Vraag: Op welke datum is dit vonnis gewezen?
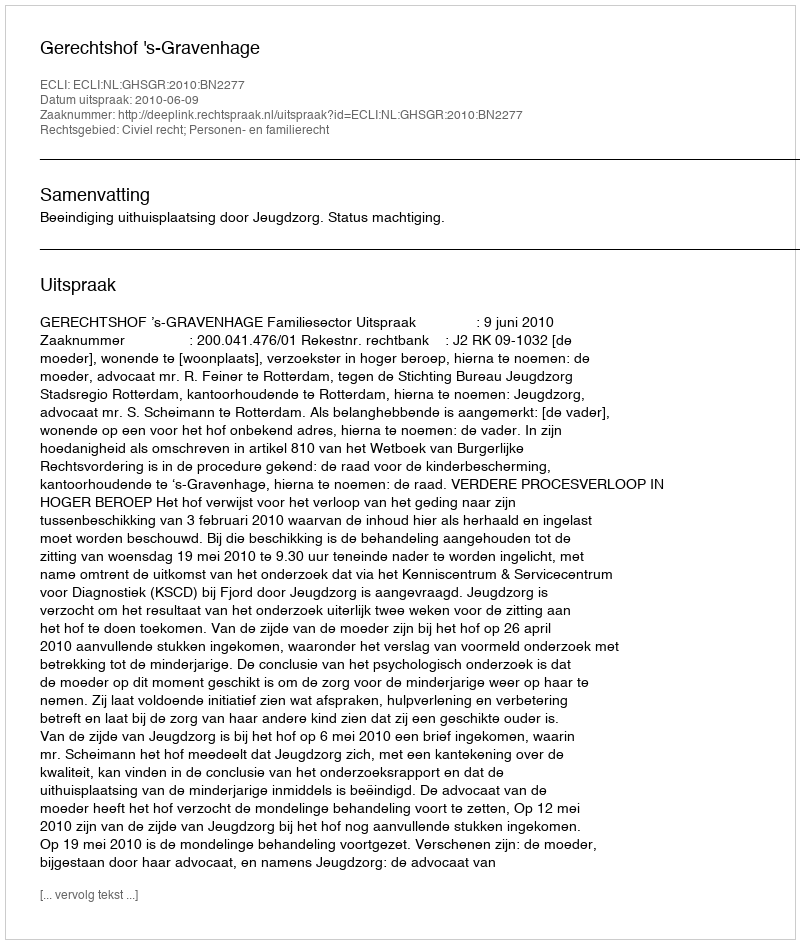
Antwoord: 2010-06-09